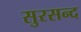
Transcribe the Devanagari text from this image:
सुरसन्द